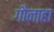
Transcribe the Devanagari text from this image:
गौनाहा